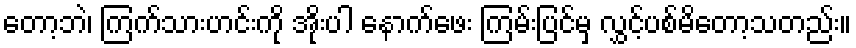
တော့ဘဲ၊ ကြက်သားဟင်းကို အိုးပါ နောက်ဖေး ကြမ်းပြင်မှ လွှင့်ပစ်မိတော့သတည်း။